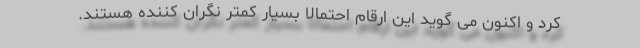
کرد و اکنون می گوید این ارقام احتمالاً بسیار کمتر نگران کننده هستند.